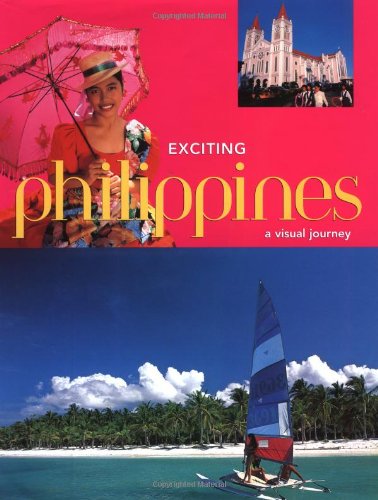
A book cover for Exciting Philippines: A Visual Journey (Exciting Series); Elizabeth V. Reyes; Travel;